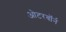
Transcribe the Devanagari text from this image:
ओटरबॉर्न